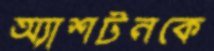
অ্যাশটনকে